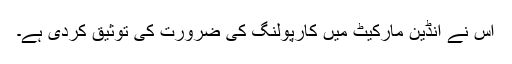
اس نے انڈین مارکیٹ میں کارپولنگ کی ضرورت کی توثیق کردی ہے۔